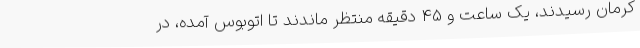
کرمان رسیدند، یک ساعت و 45 دقیقه منتظر ماندند تا اتوبوس آمده، در